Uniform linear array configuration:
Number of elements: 8
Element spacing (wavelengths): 0.75
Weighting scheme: cosine
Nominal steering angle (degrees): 0
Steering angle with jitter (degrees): -0.6426
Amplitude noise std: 0.05
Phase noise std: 0.05

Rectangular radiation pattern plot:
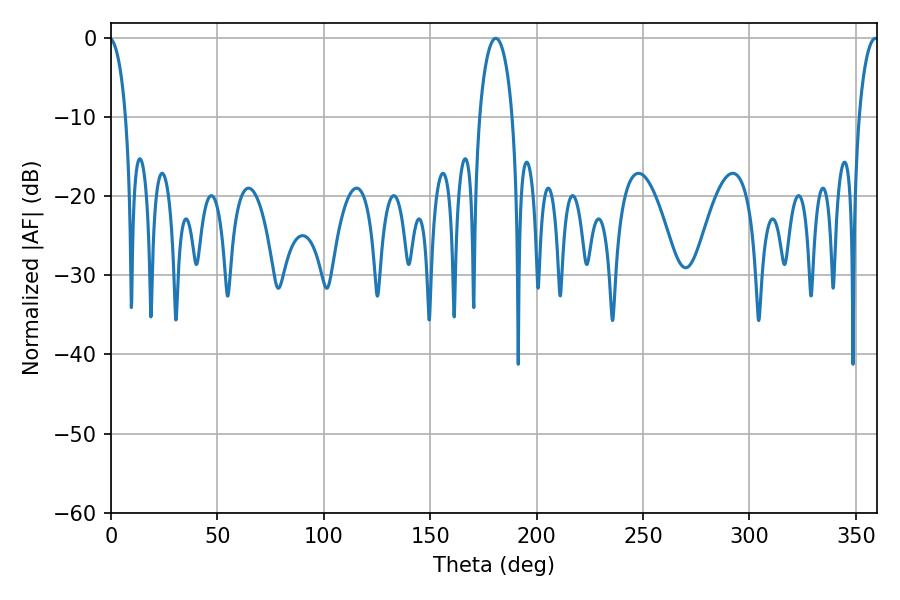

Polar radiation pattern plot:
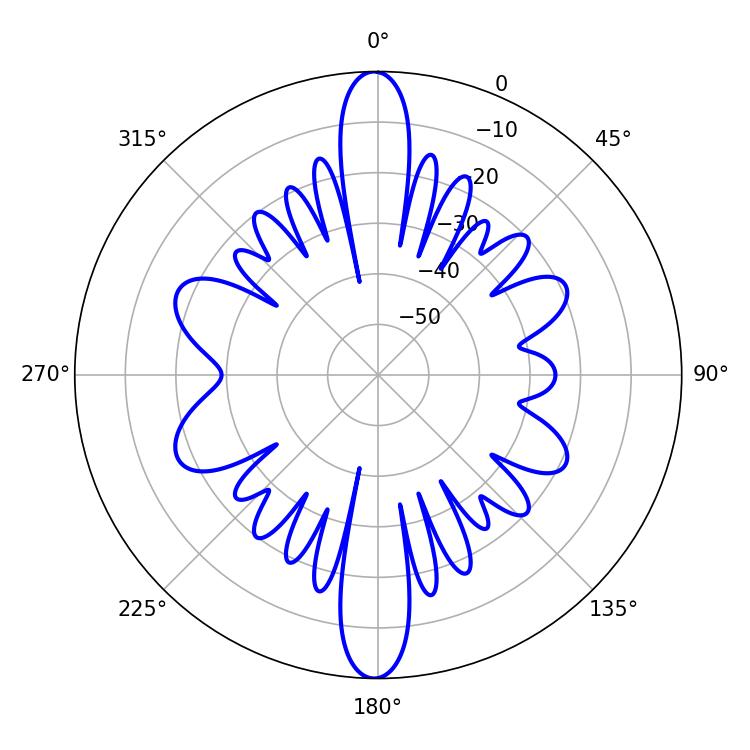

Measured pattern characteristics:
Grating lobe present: TRUE
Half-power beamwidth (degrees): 8.82
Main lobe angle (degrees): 180.72